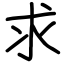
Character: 求